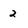
Character: 2